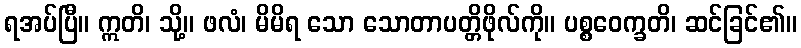
ရအပ်ပြီ။ ဣတိ၊ သို့။ ဖလံ၊ မိမိရ သော သောတာပတ္တိဖိုလ်ကို။ ပစ္စဝေက္ခတိ၊ ဆင်ခြင်၏။